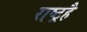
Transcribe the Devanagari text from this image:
राष्ट्रहै